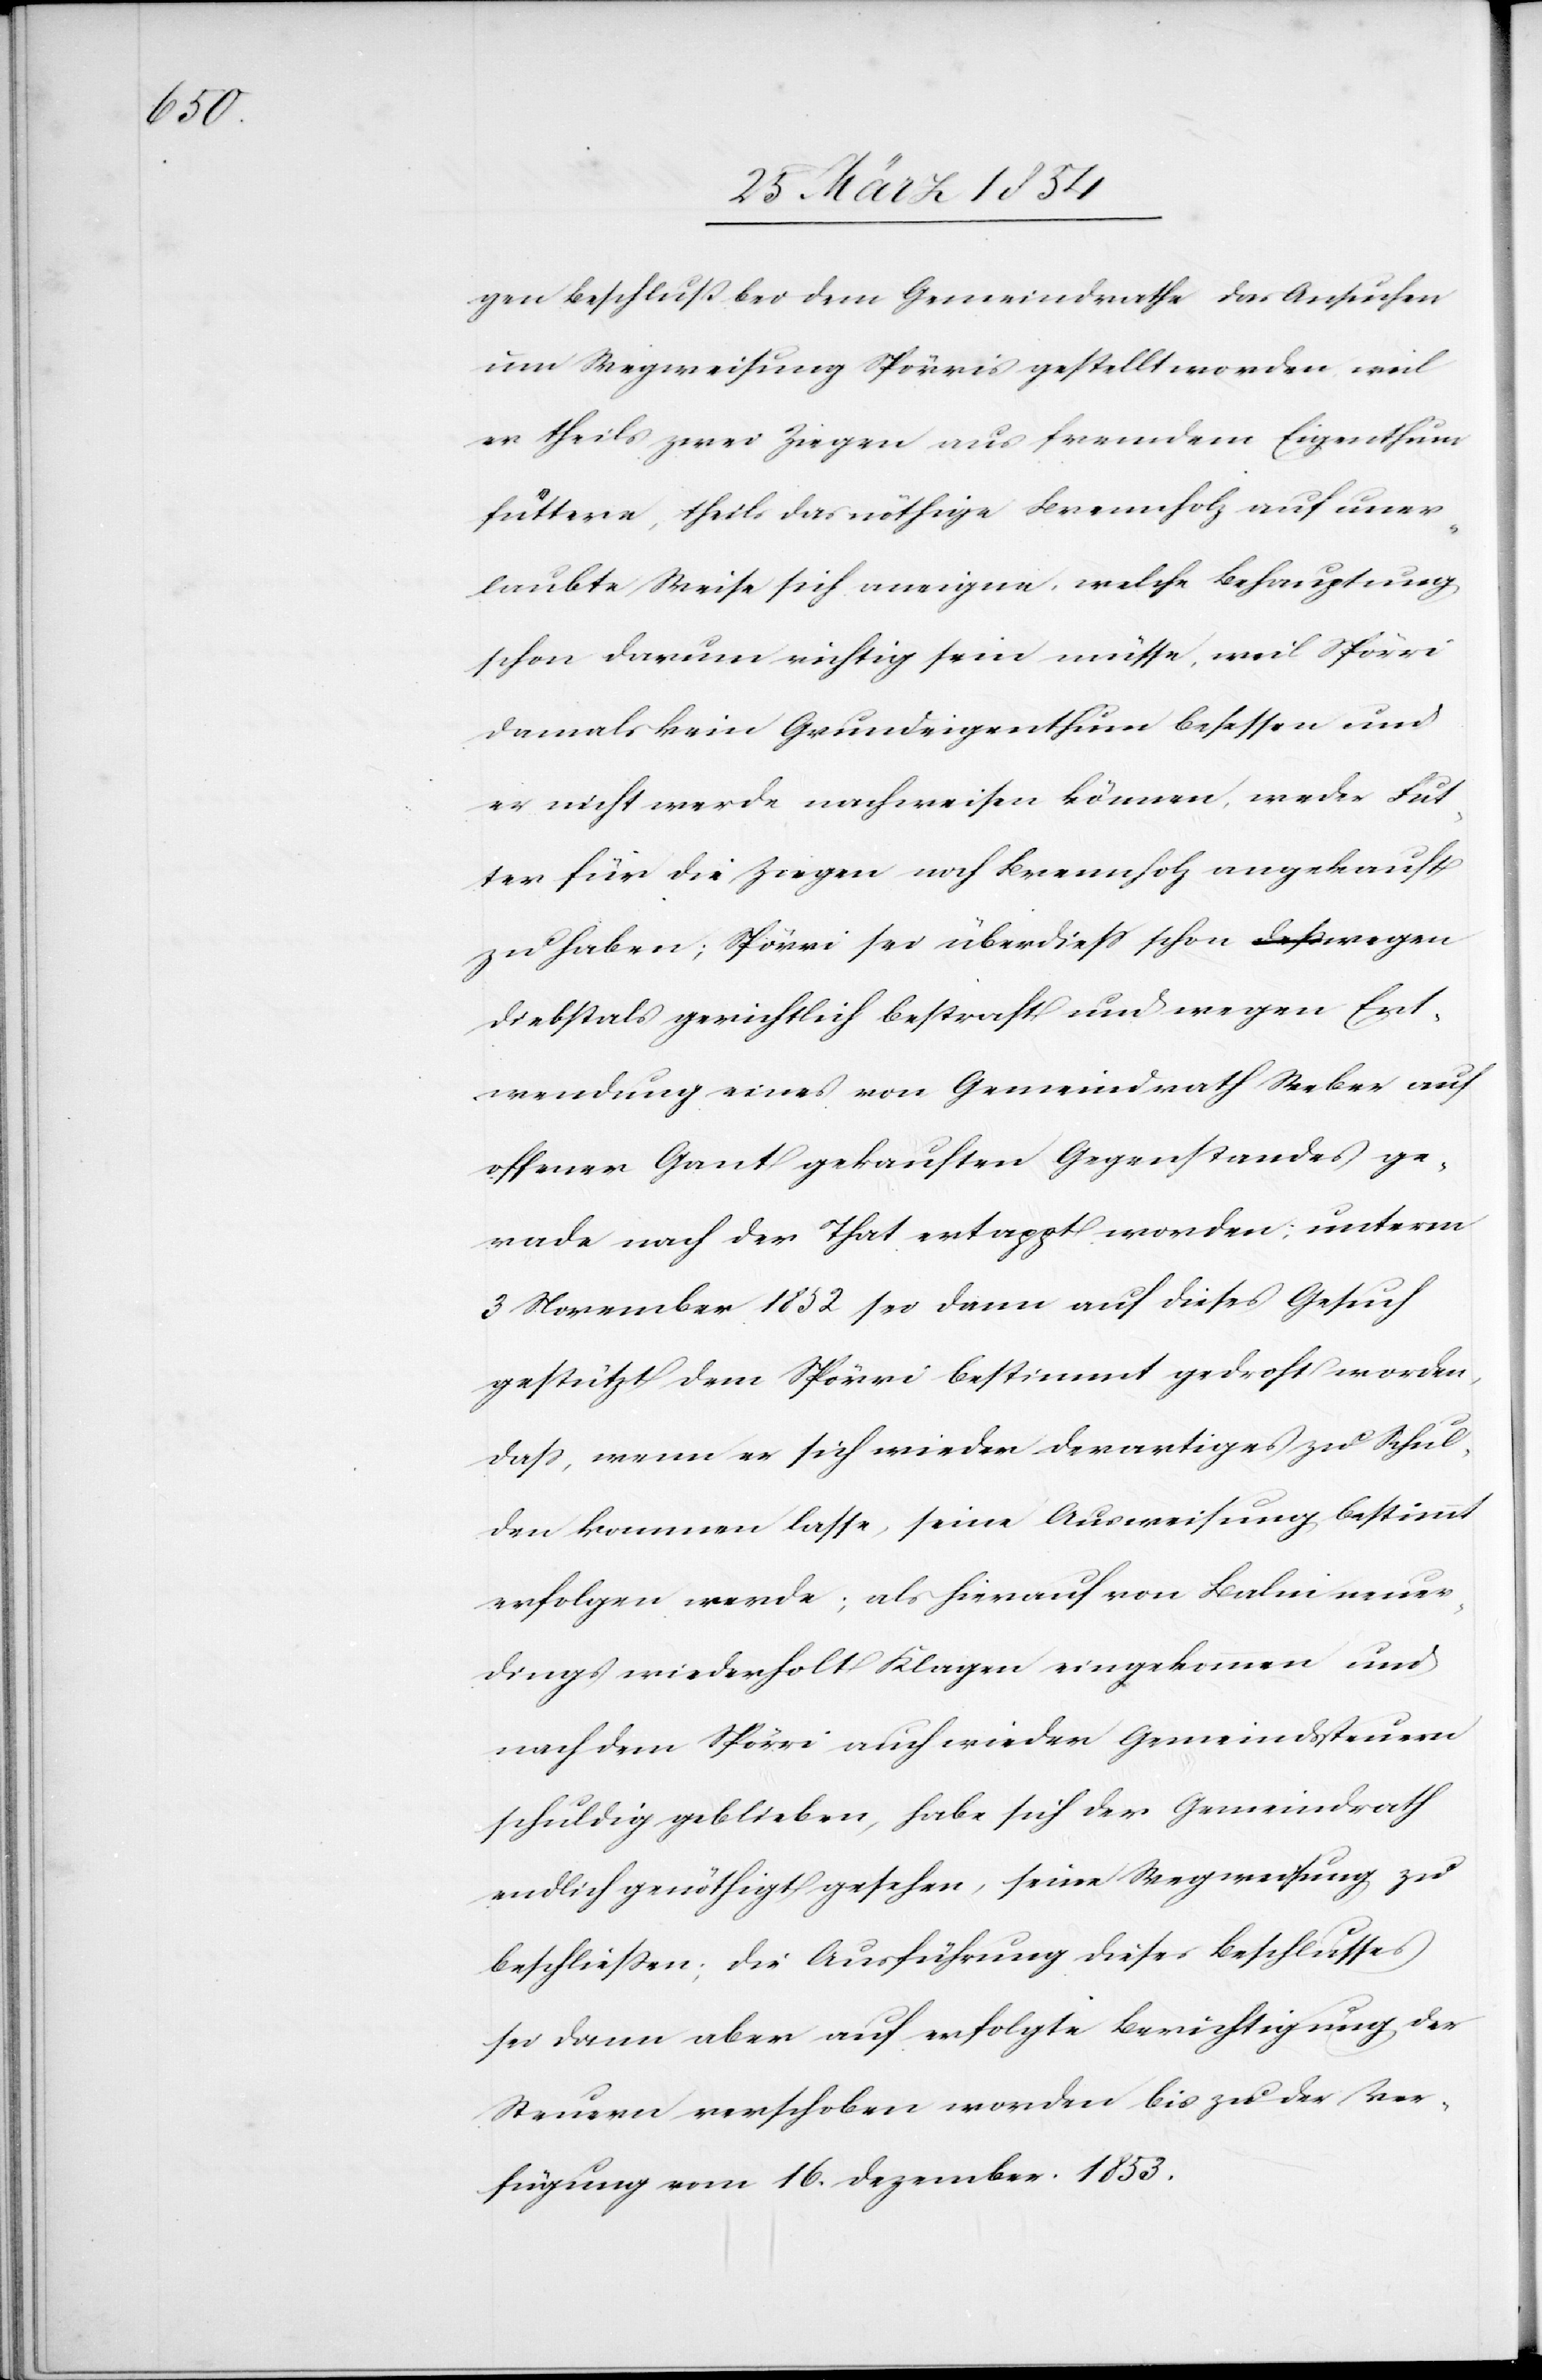
gen Beschluß bei dem Gemeindrathe das Ansuchen
um Wegweisung Spörris gestellt worden weil
er theils zwei Ziegen aus fremdem Eigenthum
füttere, theils das nöthige Brennholz auf uner¬
laubte Weise sich aneigne, welche Behauptung
schon darum richtig sein müsse, weil Spörri
damals kein Grundeigenthum besessen und
er nicht werde nachweisen können, weder Fut¬
ter für die Ziegen noch Brennholz angekauft
zu haben; Spörri sei überdieß schon wegen
Diebstahls gerichtlich bestraft und wegen Ent¬
wendung eines von Gemeindrath Weber auf
offener Gant gekauften Gegenstandes ge¬
rade nach der Tat ertappt worden; unterm
3 November 1852 sei dann auf dieses Gesuch
gestützt dem Spörri bestimmt gedroht worden,
daß, wenn er sich wieder derartiges zu Schul¬
den kommen lasse, seine Ausweisung bestimmt
erfolgen werde; als hierauf von Balm neuer¬
dings wiederholt Klagen eingekommen und
nach dem Spörri auch wieder Gemeindssteuern
schuldig geblieben, habe sich der Gemeindrath
endlich genöthigt gesehen, seine Wegweisung zu
beschließen; die Ausführung dieses Beschlusses
sei dann aber auf erfolgte Berichtigung der
Steuern verschoben worden bis zu der Ver¬
fügung vom 16. Dezember. 1853.